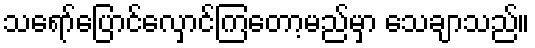
သရော်ပြောင်လှောင်ကြတော့မည်မှာ သေချာသည်။